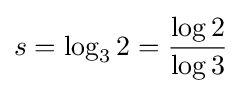
s=\log _{3}2={\frac {\log 2}{\log 3}}